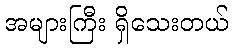
အများကြီး ရှိသေးတယ်